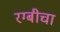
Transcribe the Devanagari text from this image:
रग्बीचा